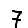
Digit: 7